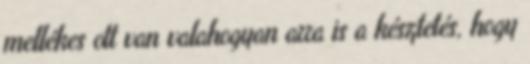
mellékes ott van valahogyan arra is a késztetés, hogy